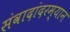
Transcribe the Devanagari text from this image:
संवादांदरम्यान